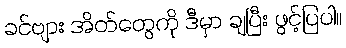
ခင်ဗျား အိတ်တွေကို ဒီမှာ ချပြီး ဖွင့်ပြပါ။